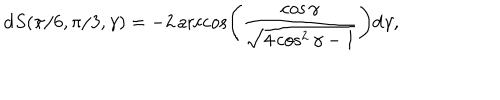
\mathrm { d } S ( \pi / 6 , \pi / 3 , \gamma ) = - 2 \operatorname { a r c c o s } \left( \frac { \cos \gamma } { \sqrt { 4 \cos ^ { 2 } \gamma - 1 } } \right) \mathrm { d } \gamma ,